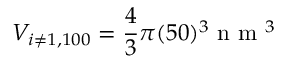
V _ { i \neq 1 , 1 0 0 } = \frac { 4 } { 3 } \pi ( 5 0 ) ^ { 3 } \mathrm { ~ n ~ m ~ } ^ { 3 }